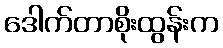
ဒေါက်တာစိုးထွန်းက